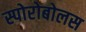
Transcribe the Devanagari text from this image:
स्पोरोबोलस